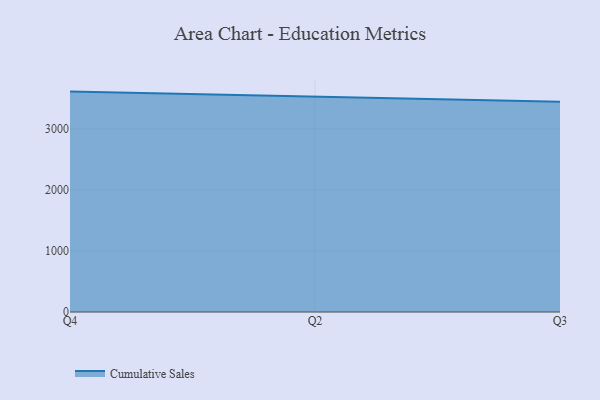
{"axis": {"x": "Quarter", "y": "Waste Production (Tons)"}, "legend": ["Cumulative Sales"], "data": [{"x": "Q4", "y": 3608.5, "type": "Cumulative Sales"}, {"x": "Q2", "y": 3524.9, "type": "Cumulative Sales"}, {"x": "Q3", "y": 3442.7, "type": "Cumulative Sales"}]}